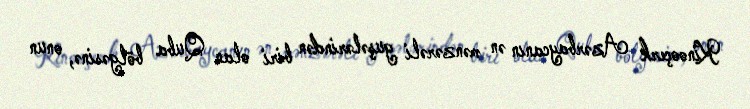
Kinooçerk Azərbaycanın ən mənzərəli guşələrindən biri olan Quba bölgəsinə, onun